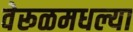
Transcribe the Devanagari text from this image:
वेरूळमधल्या